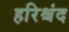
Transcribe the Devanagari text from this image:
हरिश्चंद